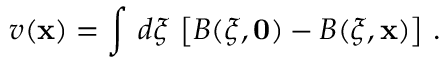
v ( { \bf x } ) = \int \, d \xi \, \left[ B ( \xi , { \bf 0 } ) - B ( \xi , { \bf x } ) \right] \, .